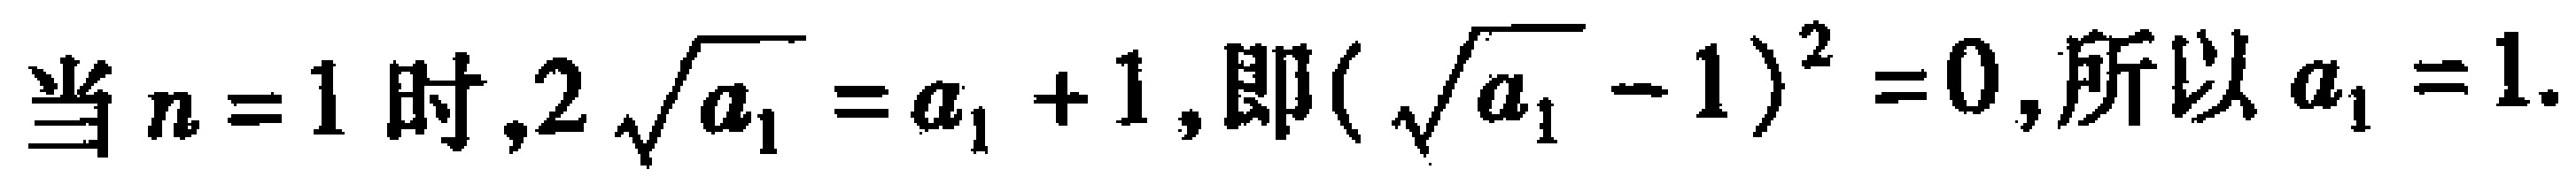
当 \(n = 1\) 时，\(2\sqrt{a_{1}} = a_{1} + 1\)，即\((\sqrt{a_{1}} - 1)^{2} = 0\)，所以 \(a_{1} = 1\).